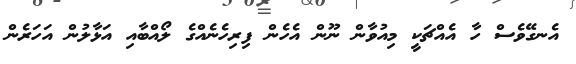
އެނގޭވެސް ހާ އެއްޗަކީ މިއުވާން ނޫން އެހެން ފިރިހެނެއްގެ ލޯއްބާއި އަޅާލުން އަހަރެން